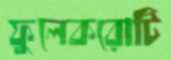
ফুলেকরোটি